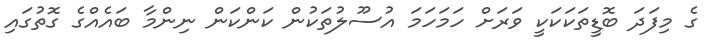
ގެ މިފަދަ ބޮޑީތަކަކަކީ ވަރަށް ހަމަހަމަ އުސޫލުތަކުން ކަންކަން ނިންމާ ބައެއްގެ ގޮތުގައި